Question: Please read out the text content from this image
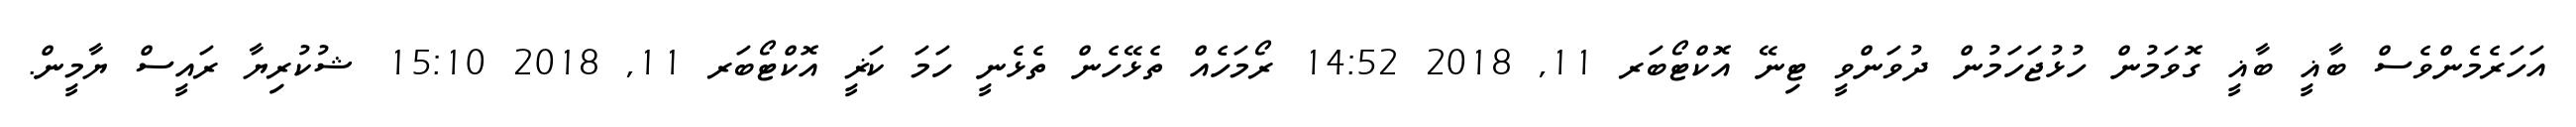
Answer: އަހަރެމެންވެސް ބާޣީ ބާޣީ ގޮވަމުން ހުޅުޖަހަމުން ދުވަންވީ ޓިނޭ އޮކްޓޯބަރ 11, 2018 14:52 ރޯމަހެއް ތެޅޭހެން ތެޅެނީ ހަމަ ކަޜީ އޮކްޓޯބަރ 11, 2018 15:10 ޝުކުރިޔާ ރައީސް ޔާމީން.